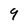
Character: 9